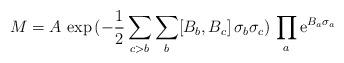
LaTeX: \begin{align*}M = A\,\exp \,(- \frac{1}{2} \sum_{c>b} \sum_b [B_b, B_c] \,\sigma_b \sigma_c)\, \prod_a {\rm e}^{B_a \sigma_a}\end{align*}